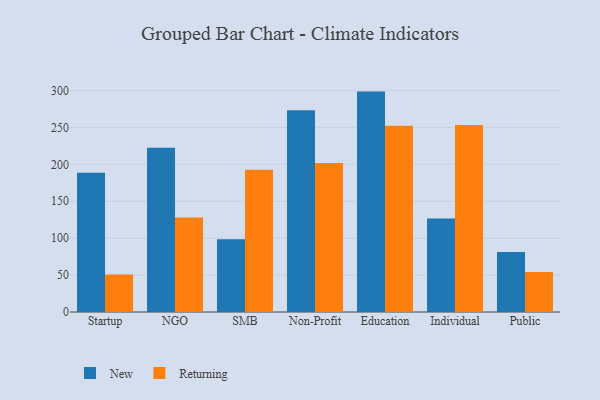
{"axis": {"x": "Segment", "y": "Net Income (USD K)"}, "legend": ["New", "Returning"], "data": [{"x": "Startup", "y": 188.5, "type": "New"}, {"x": "Startup", "y": 50.9, "type": "Returning"}, {"x": "NGO", "y": 222.3, "type": "New"}, {"x": "NGO", "y": 127.9, "type": "Returning"}, {"x": "SMB", "y": 98.4, "type": "New"}, {"x": "SMB", "y": 192.8, "type": "Returning"}, {"x": "Non-Profit", "y": 273.3, "type": "New"}, {"x": "Non-Profit", "y": 201.8, "type": "Returning"}, {"x": "Education", "y": 298.5, "type": "New"}, {"x": "Education", "y": 252.4, "type": "Returning"}, {"x": "Individual", "y": 126.8, "type": "New"}, {"x": "Individual", "y": 253.1, "type": "Returning"}, {"x": "Public", "y": 81.1, "type": "New"}, {"x": "Public", "y": 54.2, "type": "Returning"}]}